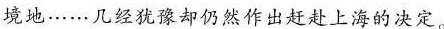
境地……几经犹豫却仍然作出赶赴上海的决定。